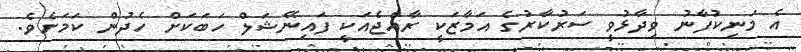
އެ މަނިކުފާނު ވިދާޅުވީ ސަރުކާރުގެ އަމާޒަކީ ރާއްޖެއަކީ ފައިނޭޝަލް ހަބަކަށް ހެދުން ކަމަށެވެ.